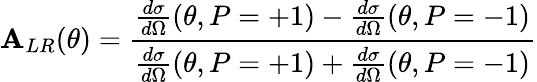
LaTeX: \mathbf{A}_{LR}(\theta)=\frac{{\frac{{d\sigma}}{{d\Omega}}(\theta,P=+1)-\frac{{d\sigma}}{{d\Omega}}(\theta,P=-1)}}{{\frac{{d\sigma}}{{d\Omega}}(\theta,P=+1)+\frac{{d\sigma}}{{d\Omega}}(\theta,P=-1)}}